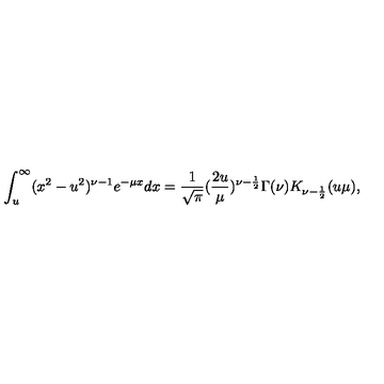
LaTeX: \int _ { u } ^ { \infty } ( x ^ { 2 } - u ^ { 2 } ) ^ { \nu - 1 } e ^ { - \mu x } d x = \frac { 1 } { \sqrt { \pi } } ( \frac { 2 u } { \mu } ) ^ { \nu - \frac { 1 } { 2 } } \Gamma ( \nu ) K _ { \nu - \frac { 1 } { 2 } } ( u \mu ) ,